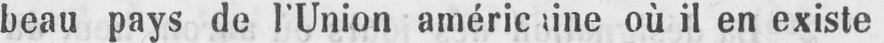
où il en existe